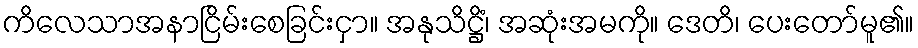
ကိလေသာအနာငြိမ်းစေခြင်းငှာ။ အနုသိဋ္ဌိံ၊ အဆုံးအမကို။ ဒေတိ၊ ပေးတော်မူ၏။